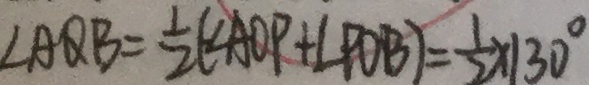
\angle A Q B = \frac { 1 } { 2 } ( \angle A O P + \angle P O B ) = \frac { 1 } { 2 } \times 1 3 0 ^ { \circ }